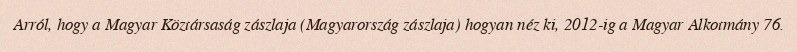
Arról, hogy a Magyar Köztársaság zászlaja (Magyarország zászlaja) hogyan néz ki, 2012-ig a Magyar Alkotmány 76.